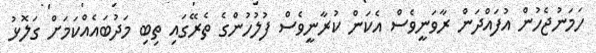
ހަމަނުޖެހުން އުފައްދަން ރާވަނީވެސް އެކަން ކުރާނީވެސް ފުލުހުންގެ ތެރޭގައި ތިބި މަދުބައެއްކަމަށް ގަލޮޅު